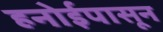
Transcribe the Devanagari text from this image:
हनोईपासून